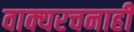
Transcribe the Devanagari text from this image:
वाक्यरचनाही